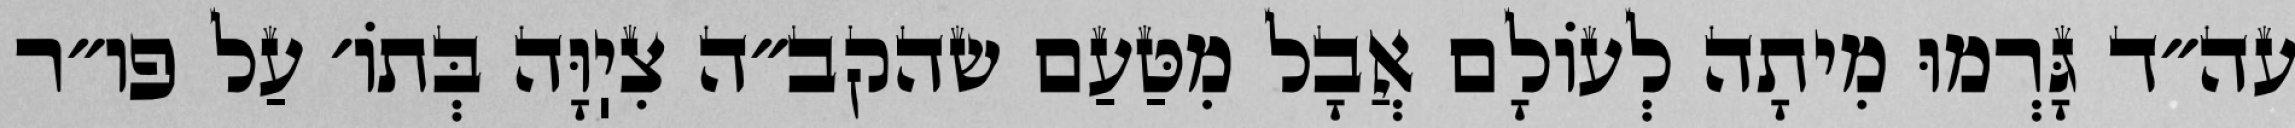
עה״ד גָּרְמוּ מִיתָה לְעוֹלָם אֲבָל מִטַּעַם שהקב״ה צִיֽוָּה בְּתוֹ׳ עַל פו״ר